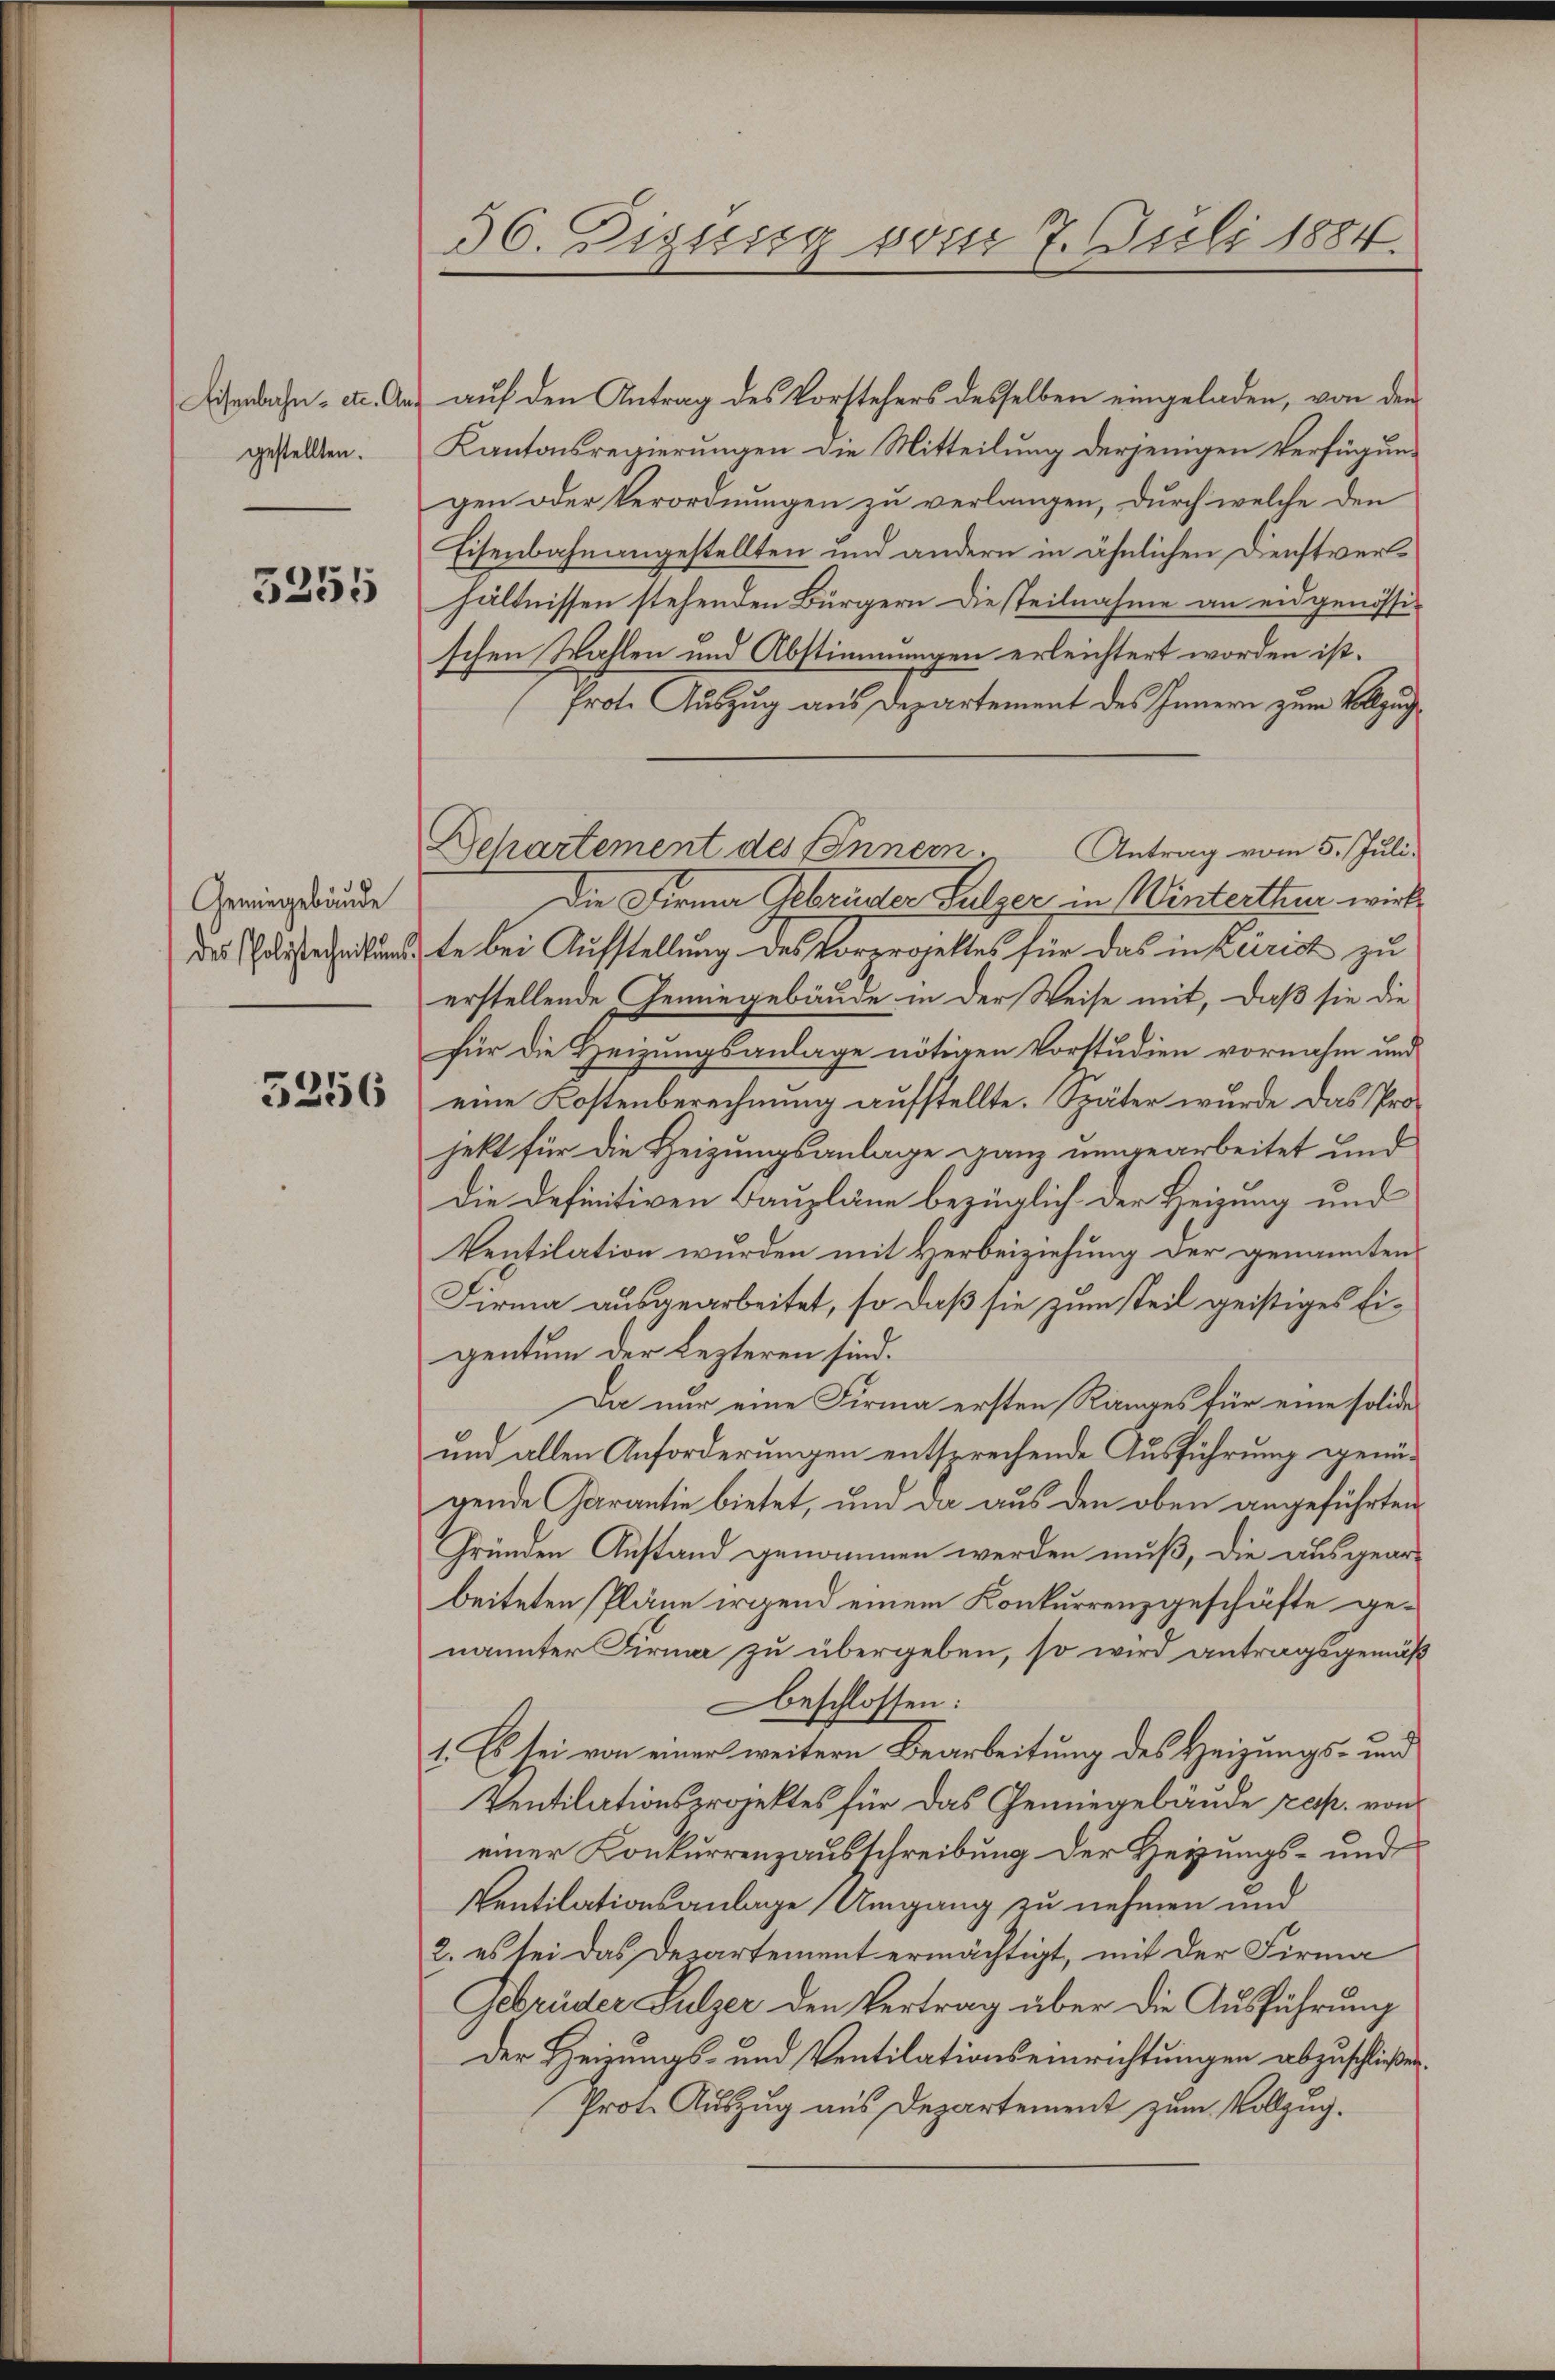
Eisenbahn - etc. An
gestellten.

5255

Gemingebäude
des Polytechnikums

5256

36. Digung vom 7. Juli 1884.

auf den Antrag des Vorstehers desselben eingeladen, von der
Kantonsregierungen die Mitteilung derjenigen Verfügungen oder Verordnungen zu verlangen, durch welche den
Eisenbahnangestellten und andern in ähnlichen Dienstverhältnissen stehenden Bürgern die steilnahme an eidgenössi-
schen Wahlen und Abstimmungen erleichtert worden ist.
frote Auszug aus Departement des Innern zum Vollzug
Antrag vom 5. Juli.
Die Firma Gebrüder Sulzer, in Winterthur wirk
te bei Aufstellung des Vorergeltes für das in Zürich zu
erstellende Gemiegebäude in der Weise mit, daß sie die
für die Heizungsanlage nötigen Vorstudien vornahm und
eine Kostenberechnung aufstellte. Später wurde das Projekt für die Heizungsanlage ganz umgearbeitet und
dDie Definitiven Baupläne bezüglich der Heizung und
Ventilation wurden mit Herbeiziehung der genannten
Firma ausgearbeitet, so daß sie zum steil geistiges Eigentum der Lezteren sind.
Da nur eine Firma ersten Ranges für eine solides
und allen Anforderungen entsprechende Ausführung genügende Garantie bietet, und da aus den oben angeführten
frunden Anstand genommen werden muß, die ausgear-
beiteten Pläne irgend einem Konkurrenzgeschäfte genannter Firma zu übergeben, so wird antragsgemäß
beschlossen:
1. Es sei von einer weitern Bearbeitung des Heizungs- und
Ventilationsprojektes für das Gemiegebäude zep. von
einer Konkurrenzausschreibung der Heizungs- und
Ventilationsanlage Umgang zu nehmen und
2. es sei das Departement ermächtigt, mit der Firma
Gebrüder Sulzer den Vertrag über die Ausführung
Der Heizungs- und Ventilationseinrichtungen abzuschließen.
Prote Auszug aus Departement zum Vollzug.

Departement des Innern.